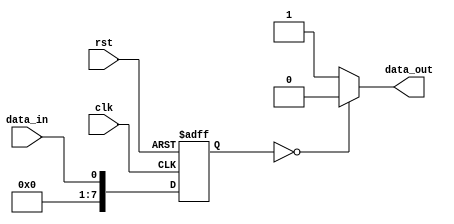
module io_buffer (
    input wire clk,              // clock signal
    input wire rst,              // reset signal
    input wire data_in,          // input data signal
    output reg data_out          // output data signal
);

reg [7:0] data_reg;             // data register for storage
reg error_flag;                 // error flag for error detection

always @(posedge clk or negedge rst) begin
    if (!rst) begin
        data_reg <= 8'b0;       // reset data register
        error_flag <= 1'b0;     // clear error flag
    end else begin
        data_reg <= data_in;    // assign input data to data register
        // implement error detection and correction mechanisms here
    end
end

// output logic with adjustable parameters for signal timing and voltage levels
always @* begin
    if (data_reg == 8'b00000000) begin
        data_out <= 1'b0;       // output low signal
    end else begin
        data_out <= 1'b1;       // output high signal
    end
end

endmodule